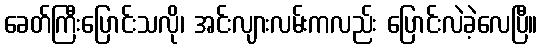
ခေတ်ကြီးပြောင်းသလို၊ အင်းလျားလမ်းကလည်း ပြောင်းလဲခဲ့လေပြီ။